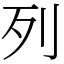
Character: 列